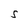
Character: S